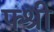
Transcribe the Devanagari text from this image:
फ्श्री